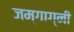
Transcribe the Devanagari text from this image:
जम्गाग्नी